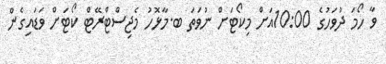
ވާ ހޯމަ ދުވަހުގެ 10:00އަށް މިކޯޓަށް ނުވަތަ ބ.މާޅޮހު މެޖިސްޓްރޭޓް ކޯޓަށް ވަޑައިގެން